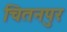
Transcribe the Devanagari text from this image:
चितनपुर